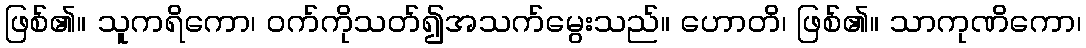
ဖြစ်၏။ သူကရိကော၊ ဝက်ကိုသတ်၍အသက်မွေးသည်။ ဟောတိ၊ ဖြစ်၏။ သာကုဏိကော၊